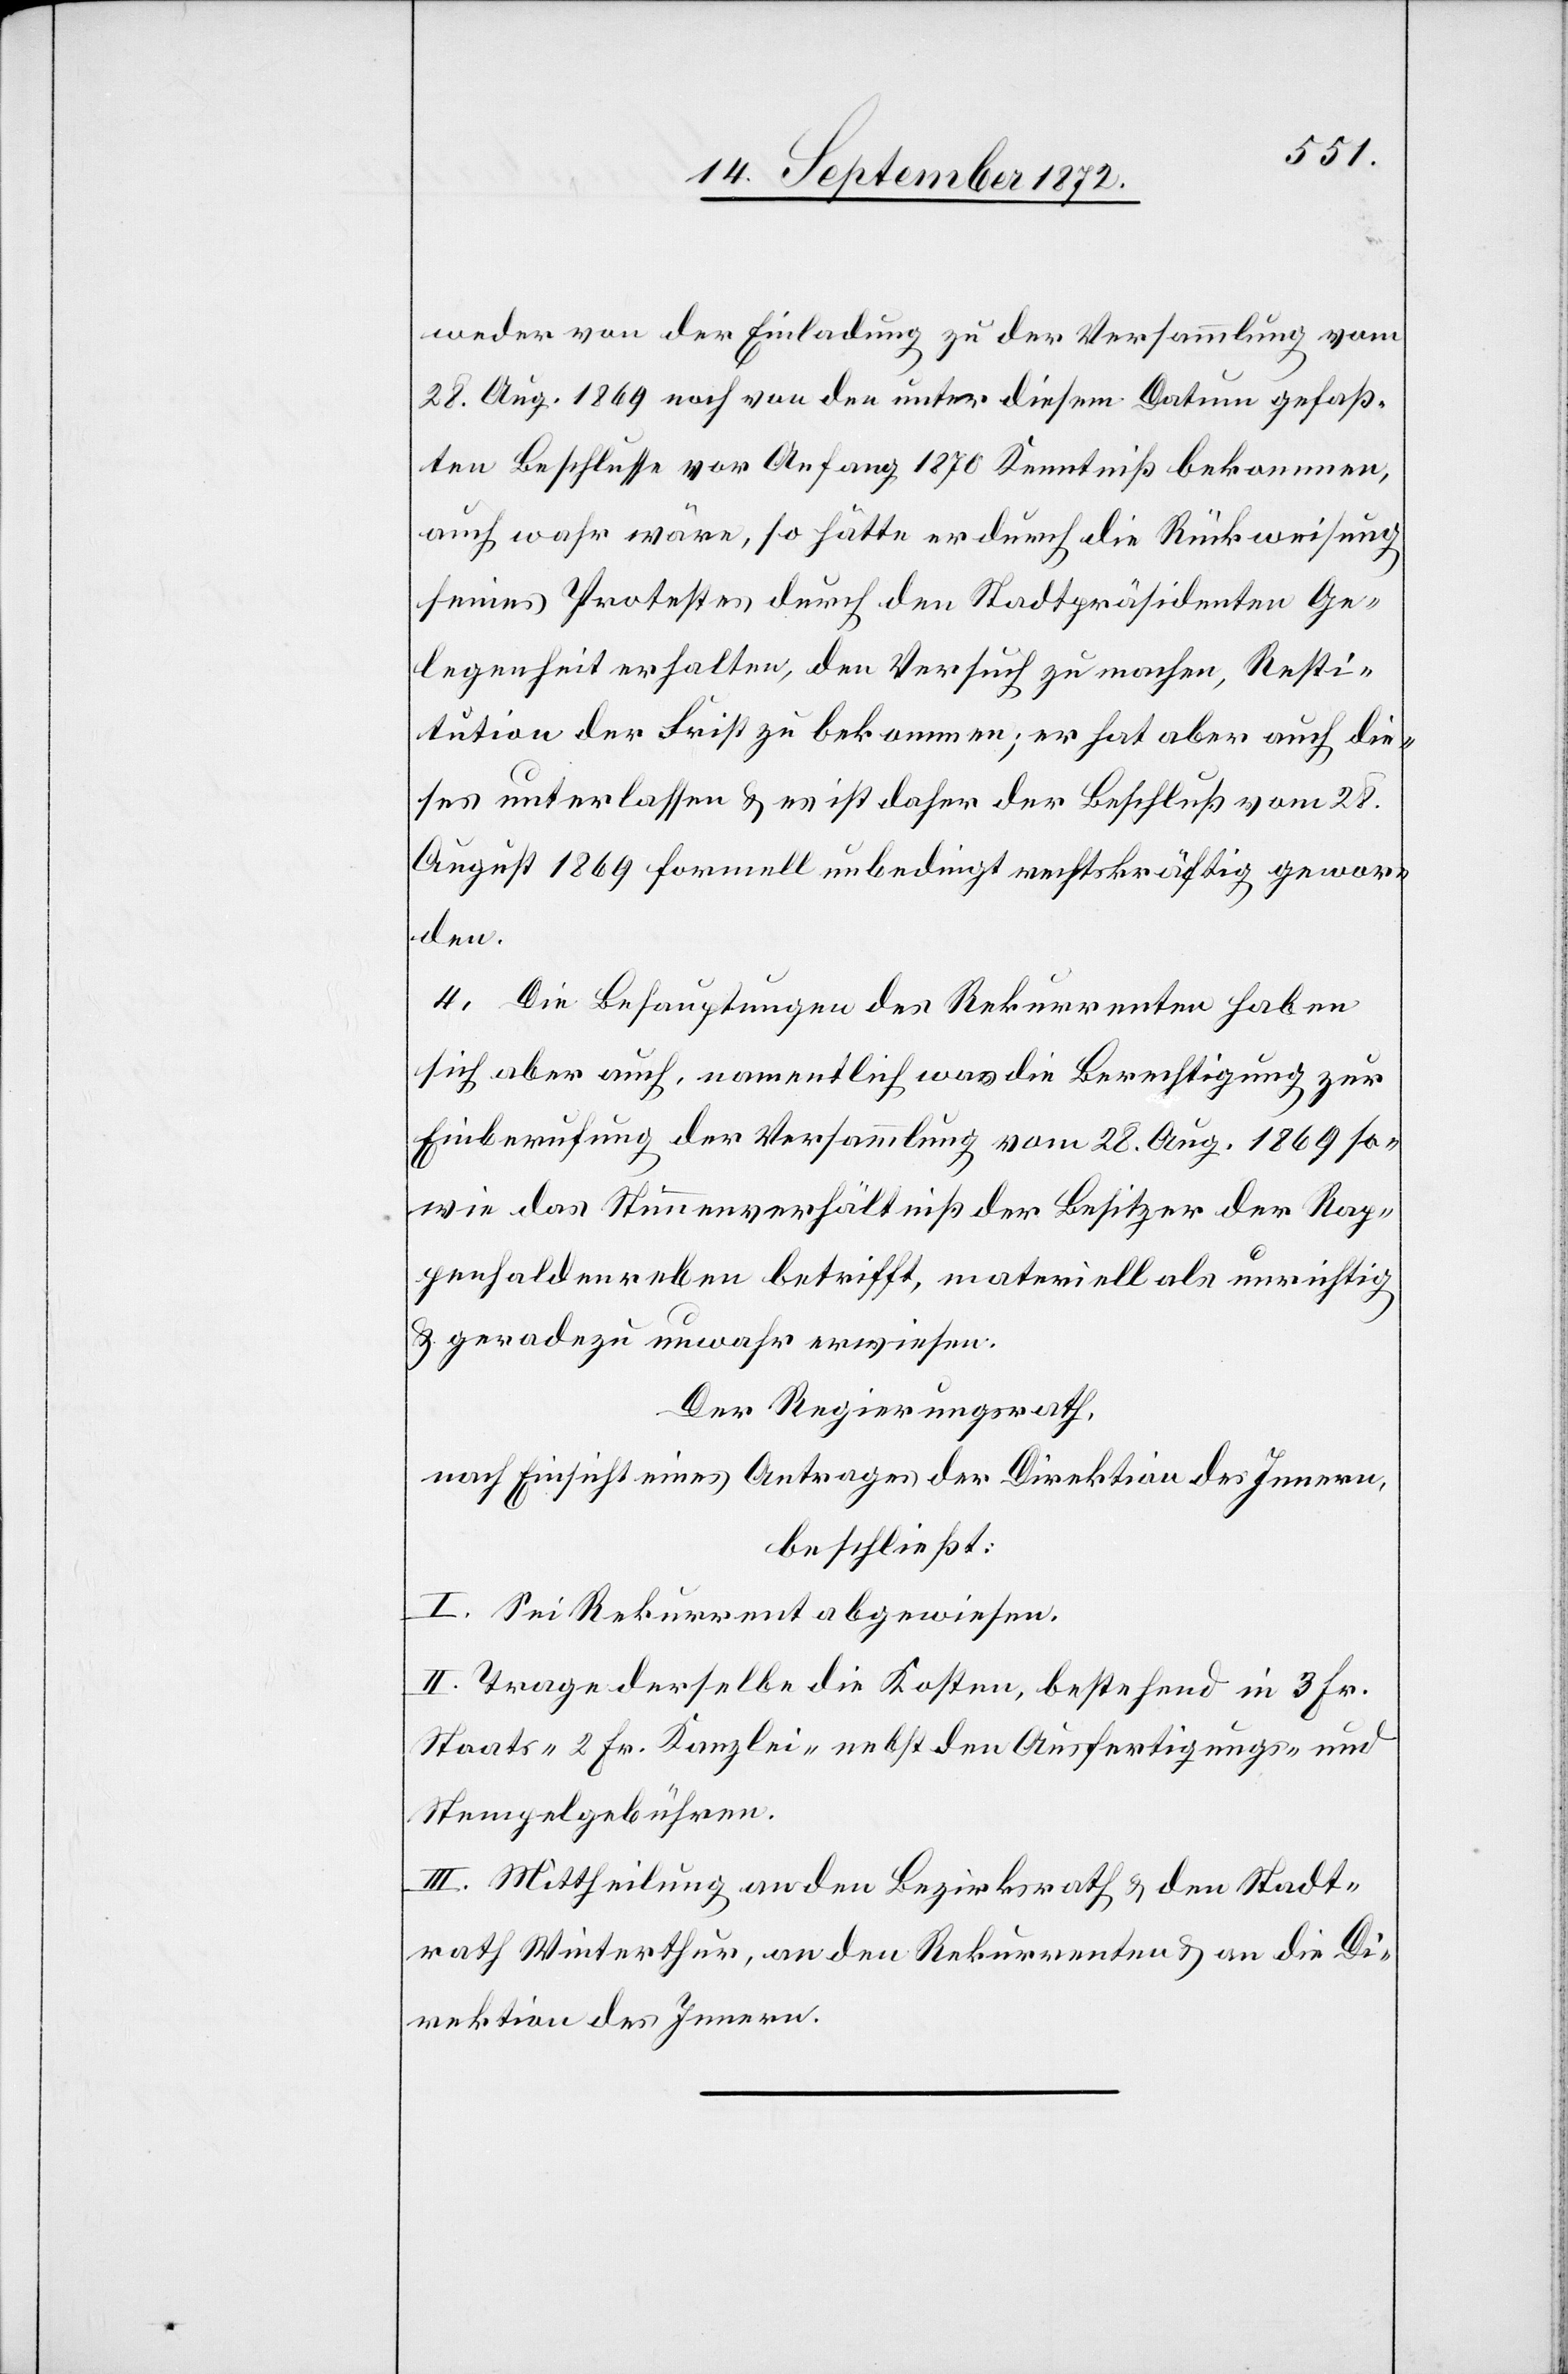
weder von der Einladung zu der Versammlung vom
28. Aug. 1869 noch von den unter diesem Datum gefaß¬
ten Beschlusse vor Anfang 1870 Kenntniß bekommen,
auch wahr wäre, so hätte er durch die Rückweisung
seines Protestes durch den Stadtpräsidenten Ge¬
legenheit erhalten, den Versuch zu machen, Resti¬
tution der Frist zu bekommen; er hat aber auch die¬
ses unterlassen u. es ist daher der Beschluß vom 28.
August 1869 formell unbedingt rechtskräftig gewor¬
den.
4. Die Behauptungen des Rekurrenten haben
sich aber auch, namentlich was die Berechtigung zur
Einberufung der Versammlung vom 28. Aug. 1869 so¬
wie das Stimmenverhältniß der Besitzer der Rap¬
penhaldenreben betrifft, materiell als unrichtig
u. geradezu unwahr erwiesen.
Der Regierungsrath,
nach Einsicht eines Antrages der Direktion des Innern,
beschließt:
I. Sei Rekurrent abgewiesen.
II. Trage derselbe die Kosten, bestehend in 3 Fr.
Staats-[,] 2 Fr. Kanzlei- nebst den Ausfertigungs- und
Stempelgebühren.
III. Mittheilung an den Bezirksrath u. den Stadt¬
rath Winterthur, an den Rekurrenten u. an die Di¬
rektion des Innern.